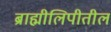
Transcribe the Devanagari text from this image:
ब्राह्मीलिपीतील